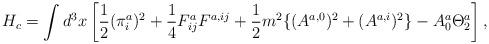
LaTeX: \begin{align*}H_c = \int d^3x \left[ \frac{1}{2} (\pi_i^{a})^2 + \frac{1}{4} F_{ij}^{a} F^{a, ij} + \frac{1}{2} m^2 \{ (A^{a,0})^2 + (A^{a,i})^2 \} - A_0^{a} \Theta_2^{a} \right],\end{align*}